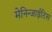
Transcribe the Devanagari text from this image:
मेनिन्जाईटिस